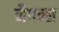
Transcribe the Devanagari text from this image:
नैषन्स